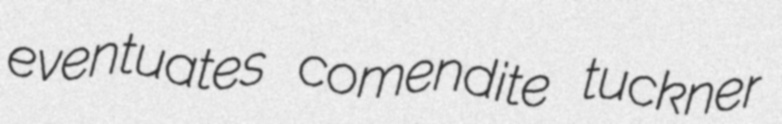
eventuates comendite tuckner